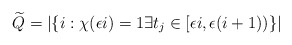
\begin{align*}\widetilde{Q}=\left|\left\{ i:\chi(\epsilon i )=1 \exists t_{j}\in[\epsilon i,\epsilon(i+1)) \right\} \right|\end{align*}